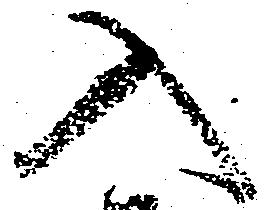
入